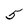
Character: 5